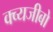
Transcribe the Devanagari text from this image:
क्व्यजीबो